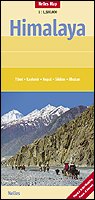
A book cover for Himalaya Nelles Map: Tibet Kashmir Nepal Sikim Bhutan; Nelles Maps; Travel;